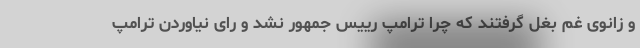
و زانوی غم بغل گرفتند که چرا ترامپ رییس جمهور نشد و رای نیاوردن ترامپ